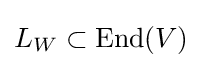
L_{W}\subset \operatorname {End} (V)